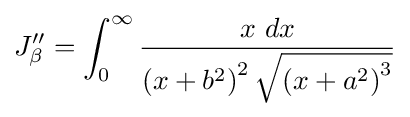
J_{\beta }^{\prime \prime }=\int _{0}^{\infty }{\frac {x\ dx}{\left(x+b^{2}\right)^{2}{\sqrt {\left(x+a^{2}\right)^{3}}}}}